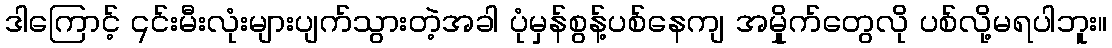
ဒါကြောင့် ၎င်းမီးလုံးများပျက်သွားတဲ့အခါ ပုံမှန်စွန့်ပစ်နေကျ အမှိုုက်တွေလို ပစ်လို့မရပါဘူး။